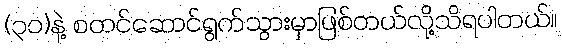
(၃၀)နဲ့ စတင်ဆောင်ရွက်သွားမှာဖြစ်တယ်လို့သိရပါတယ်။